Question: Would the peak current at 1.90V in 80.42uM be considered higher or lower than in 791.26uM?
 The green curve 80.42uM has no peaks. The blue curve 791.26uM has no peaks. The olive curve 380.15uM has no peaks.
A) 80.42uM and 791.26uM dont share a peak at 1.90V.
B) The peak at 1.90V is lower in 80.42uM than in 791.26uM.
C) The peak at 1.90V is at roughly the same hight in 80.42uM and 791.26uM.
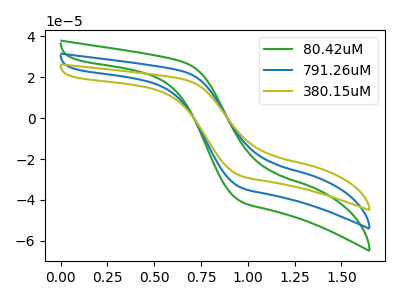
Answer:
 <answer>A) "80.42uM" and "791.26uM" dont share a peak at 1.90V.</answer>
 <eval>A</eval>